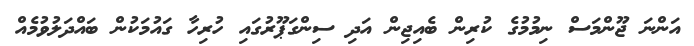
އަންނަ ޖޫންމަސް ނިމުމުގެ ކުރިން ބެއިޖިން އަދި ސިންގަޕޫރުގައި ހުރިހާ ގައުމަކުން ބައްދަލުވުމެއް